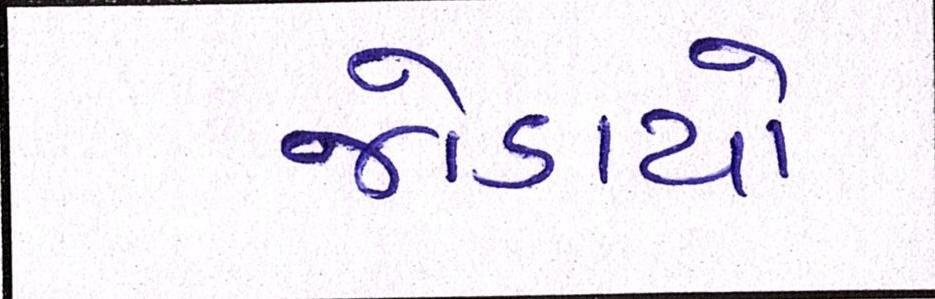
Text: જોડાયો